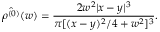
\hat { \rho ^ { ( 0 ) } } ( w ) = \frac { 2 w ^ { 2 } | x - y | ^ { 3 } } { \pi [ ( x - y ) ^ { 2 } / 4 + w ^ { 2 } ] ^ { 3 } } .